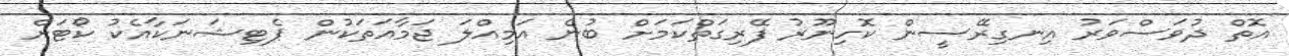
އޮތް ދުވަސްވަރު އިނގިރޭސީން ކޮހިނޫރު ފޭރިގަތްކަމަށް ބުނެ އަމިއްލަ ޖަމާއަތަކުން ޕެޓިޝަނަކާއެކު ކޯޓަށް